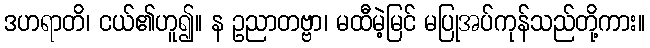
ဒဟရာတိ၊ ငယ်၏ဟူ၍။ န ဥညာတဗ္ဗာ၊ မထီမဲ့မြင် မပြုအပ်ကုန်သည်တို့ကား။